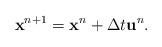
LaTeX: \begin{align*}\mathbf{x}^{n+1} = \mathbf{x}^{n} + \Delta t \mathbf{u}^{n}.\end{align*}